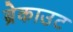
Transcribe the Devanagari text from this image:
ब्रेकाउट